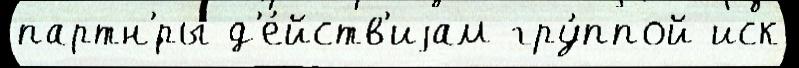
партн'́ры д'е́йств'иjам гру́ппой иск